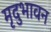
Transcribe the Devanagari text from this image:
मृदुभावन